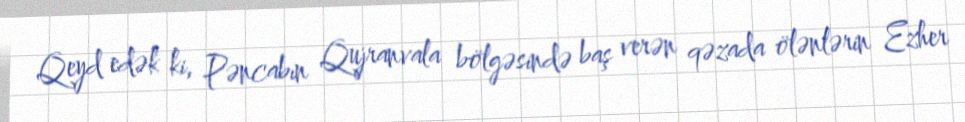
Qeyd edək ki, Pəncabın Qujranvala bölgəsində baş verən qəzada ölənlərin Ezher